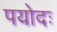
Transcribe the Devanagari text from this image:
पयोदः